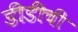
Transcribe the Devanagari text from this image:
डीडींची